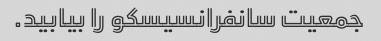
جمعیت سانفرانسیسکو را بیابید.